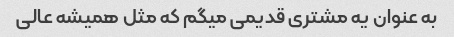
به عنوان یه مشتری قدیمی میگم که مثل همیشه عالی